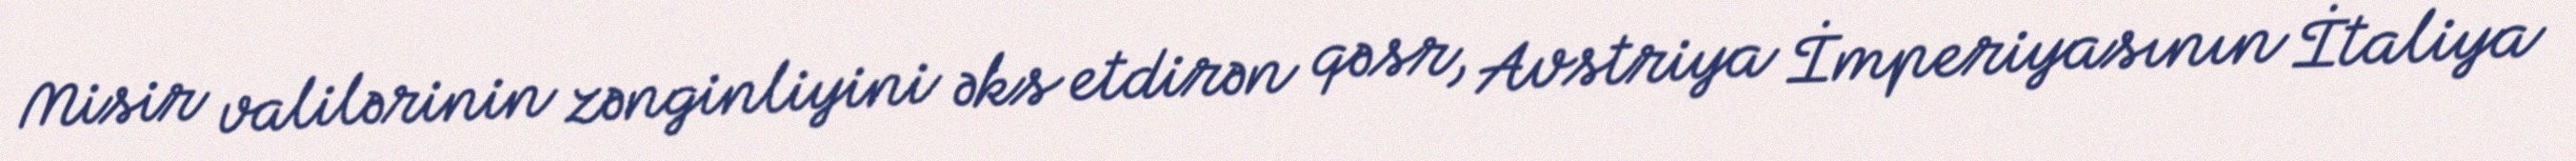
Misir valilərinin zənginliyini əks etdirən qəsr, Avstriya İmperiyasının İtaliya